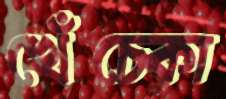
খেঁচ্‌কো